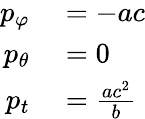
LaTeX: \begin{array}{rl}{p_{\varphi}}&{{}=-ac}\\ {p_{\theta}}&{{}=0}\\ {p_{t}}&{{}={\frac{ac^{2}}{b}}}\end{array}